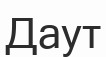
Даут